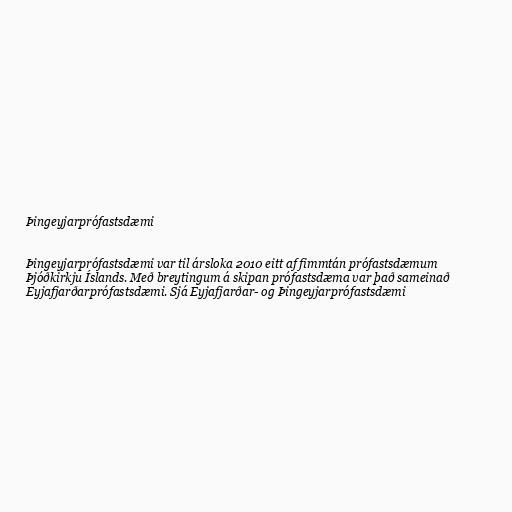
Þingeyjarprófastsdæmi

Þingeyjarprófastsdæmi var til ársloka 2010 eitt af fimmtán prófastsdæmum
Þjóðkirkju Íslands. Með breytingum á skipan prófastsdæma var það sameinað
Eyjafjarðarprófastsdæmi. Sjá Eyjafjarðar- og Þingeyjarprófastsdæmi